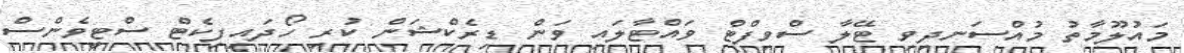
މައުލޫމާތު މުއްސަނދިވި ޓޭލާ ސްވިފްޓް ވައްޓާލައި ވަން ޑިރެކްޝަން ކުރި ހޯދައިފިކެޓް ސްޓީވެންސް